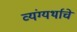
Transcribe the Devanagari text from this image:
व्यंग्यर्थाचे